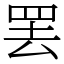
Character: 罢